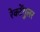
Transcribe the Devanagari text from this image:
रेक्टेंगुलर